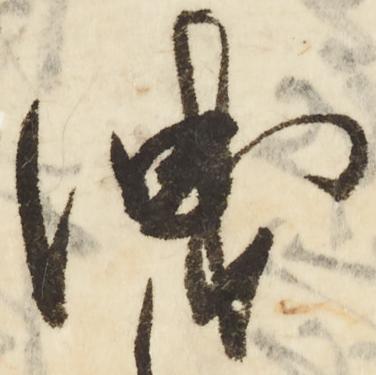
洩